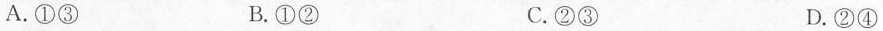
A.①③ B.①② C.②③ D.②④